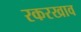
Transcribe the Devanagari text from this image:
रकरखाव